画像に写った文字を読んでください
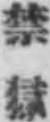
「禁獄」と書いてあります